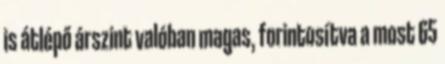
is átlépő árszint valóban magas, forintosítva a most 65